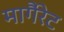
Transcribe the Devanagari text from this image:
मागैंरेट